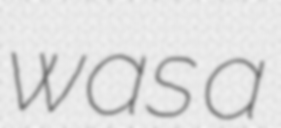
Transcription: was a